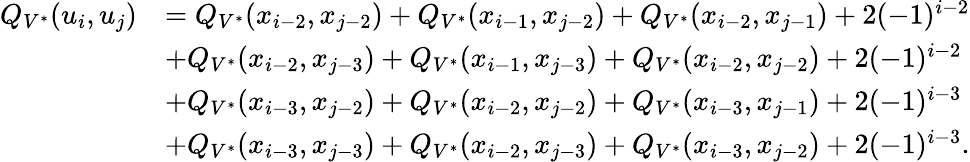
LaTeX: \begin{array}{rl}{Q_{V^{*}}(u_{i},u_{j})}&{=Q_{V^{*}}(x_{i-2},x_{j-2})+Q_{V^{*}}(x_{i-1},x_{j-2})+Q_{V^{*}}(x_{i-2},x_{j-1})+2(-1)^{i-2}}\\ &{+Q_{V^{*}}(x_{i-2},x_{j-3})+Q_{V^{*}}(x_{i-1},x_{j-3})+Q_{V^{*}}(x_{i-2},x_{j-2})+2(-1)^{i-2}}\\ &{+Q_{V^{*}}(x_{i-3},x_{j-2})+Q_{V^{*}}(x_{i-2},x_{j-2})+Q_{V^{*}}(x_{i-3},x_{j-1})+2(-1)^{i-3}}\\ &{+Q_{V^{*}}(x_{i-3},x_{j-3})+Q_{V^{*}}(x_{i-2},x_{j-3})+Q_{V^{*}}(x_{i-3},x_{j-2})+2(-1)^{i-3}.}\end{array}